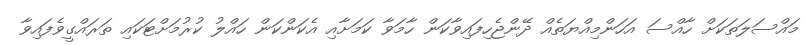
މައްސަލަތަކަށް ހާއްސަ އަހަންމިއްޔަތެއް ދޭންޖެހިފައިވާކަން ހާމަވާ ކަމަށާއި އެކަންކަން ހައްލު ކުރުމަށްޓަކައި ތަރައްގީވެފައިވާ